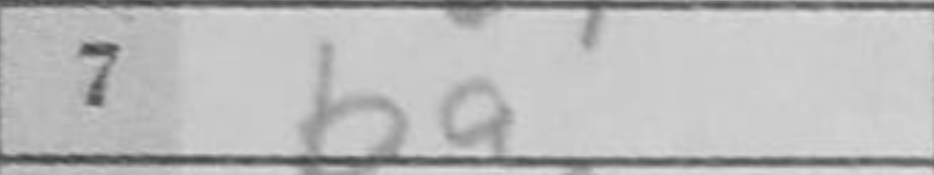
Transcription: ba